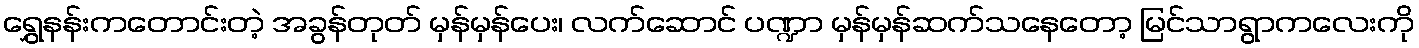
ရွှေနန်းကတောင်းတဲ့ အခွန်တုတ် မှန်မှန်ပေး၊ လက်ဆောင် ပဏ္ဍာ မှန်မှန်ဆက်သနေတော့ မြင်သာရွာကလေးကို